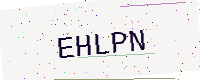
Text: EHLPN